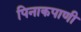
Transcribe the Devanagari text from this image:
पिनाकपाणी